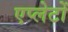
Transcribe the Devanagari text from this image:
एप्लेटों